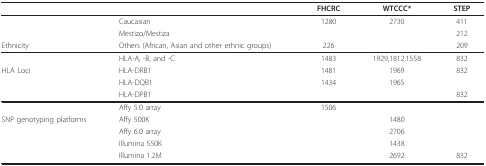
|  |  | FHCRC | WTCCC* | STEP |
 | --- | --- | --- | --- | --- |
 |  | Caucasian | 1280 | 2730 | 411 |
 |  | Mestizo/Mestiza |  |  | 212 |
 | Ethnicity | Others (African, Asian and other ethnic groups) | 226 |  | 209 |
 |  | HLA-A, -B, and -C | 1483 | 1929,1812,1558 | 832 |
 | HLA Loci | HLA-DRB1 | 1481 | 1969 | 832 |
 |  | HLA-DQB1 | 1434 | 1965 |  |
 |  | HLA-DPB1 |  |  | 832 |
 |  | Affy 5.0 array | 1506 |  |  |
 | SNP genotyping platforms | Affy 500K |  | 1480 |  |
 |  | Affy 6.0 array |  | 2706 |  |
 |  | Illumina 550K |  | 1438 |  |
 |  | Illumina 1.2M |  | 2692 | 832 |